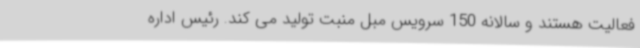
فعالیت هستند و سالانه 150 سرویس مبل منبت تولید می کند. رئیس اداره